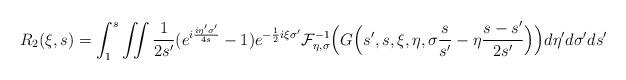
LaTeX: \begin{align*}R_2(\xi,s)=\int_1^s\iint \frac 1{2s'}(e^{i\frac{i\eta'\sigma'}{4s}}-1)e^{-\frac 12i\xi\sigma'} \mathcal{F}_{\eta,\sigma}^{-1}\Big(G\Big(s',s,\xi,\eta,\sigma\frac{s}{s'}-\eta\frac{s-s'}{2s'}\Big)\Big) d\eta' d\sigma' ds'\end{align*}